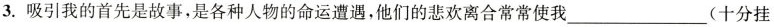
3.吸引我的首先是故事，是各种人物的命运遭遇，他们的悲欢离合常常使我___(十分挂